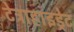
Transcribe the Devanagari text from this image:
टेट्राहाइड्रेट